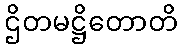
ဌိတမဋ္ဌိတောတိ